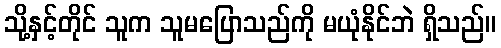
သို့နှင့်တိုင် သူက သူမပြောသည်ကို မယုံနိုင်ဘဲ ရှိသည်။